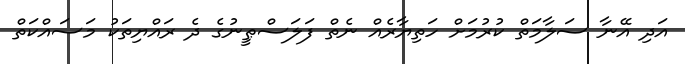
އަދި އޭނާ ސަލާމަތް ކުރުމަށް ހަތިޔާރެއް ނެތް ފަލަސްޠީނުގެ ދެ ރައްޔިތަކު މަސައްކަތް